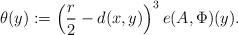
LaTeX: \begin{align*}\theta(y) :=\left(\frac{r}{2}-d(x,y)\right)^3e(A,\Phi)(y).\end{align*}